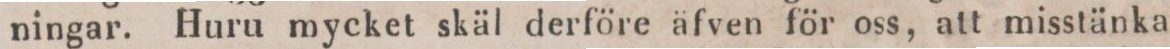
ningar. Huru mycket skäl derföre äfven för oss, att misstänka